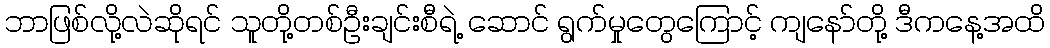
ဘာဖြစ်လို့လဲဆိုရင် သူတို့တစ်ဦးချင်းစီရဲ့ ဆောင် ရွက်မှုတွေကြောင့် ကျနော်တို့ ဒီကနေ့အထိ